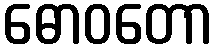
ဓောဝတော